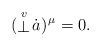
LaTeX: \begin{align*}(\stackrel{\scriptstyle v}{\bot}\!{\dot a})^{\hskip0.3mm\mu}=0.\end{align*}